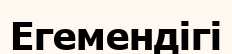
Егемендігі